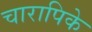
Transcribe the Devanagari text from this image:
चारापिके